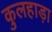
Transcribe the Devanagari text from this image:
कुलहाड़ा